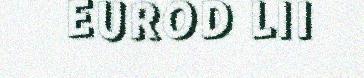
EUROD LII